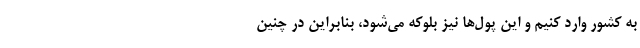
به کشور وارد کنیم و این پول‌ها نیز بلوکه می‌شود، بنابراین در چنین